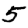
Digit: 5